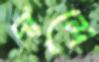
দান্দে